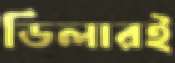
ডিলারই